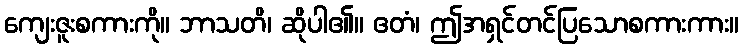
ကျေးဇူးစကားကို။ ဘာသတိ၊ ဆိုပါ၏။ ဧတံ၊ ဤအရှင်တင်ပြသောစကားကား။